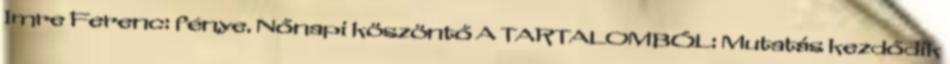
Imre Ferenc: fénye. Nőnapi köszöntő A TARTALOMBÓL: Mutatás kezdődik